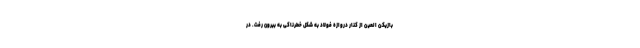
بازیکن العین از کنار دروازه فولاد به شکل خطرناکی به بیرون رفت. در